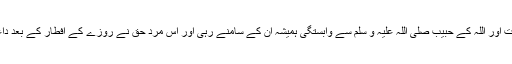
لیکن تقویٰ اور طہارت اور اللہ کے حبیب صلی اللہ علیہ و سلم سے وابستگی ہمیشہ ان کے سامنے رہی اور اس مرد حق نے روزے کے افطار کے بعد داعی اجل کو لبیک کہا۔